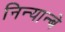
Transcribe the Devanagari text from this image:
निन्यान्बे